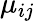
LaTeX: \mu_{ij}